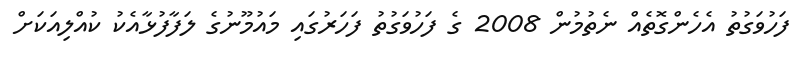
ފަހުވަގުތު އެހެންގޮތެއް ނެތުމުން 2008 ގެ ފަހުވަގުތު ފަހަރުގައި މައުމޫނުގެ ލަފާފުޅާއެކު ކުއްލިއަކަށް